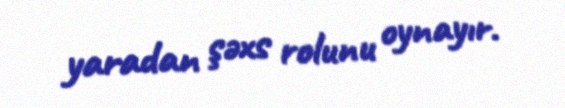
yaradan şəxs rolunu oynayır.